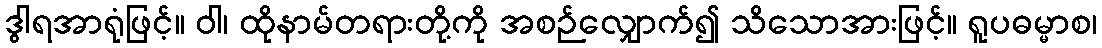
ဒွါရအာရုံဖြင့်။ ဝါ၊ ထိုနာမ်တရားတို့ကို အစဉ်လျှောက်၍ သိသောအားဖြင့်။ ရူပဓမ္မာစ၊